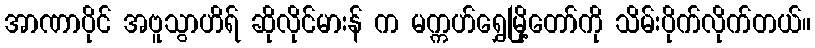
အာဏာပိုင် အဗူသွာဟိရ် ဆိုလိုင်မားန် က မက္ကဟ်ရွှေမြို့တော်ကို သိမ်းပိုက်လိုက်တယ်။